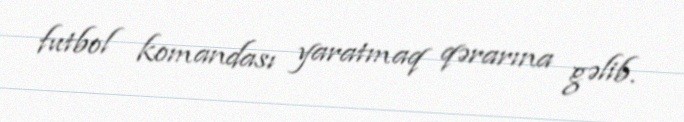
futbol komandası yaratmaq qərarına gəlib.